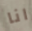
انا